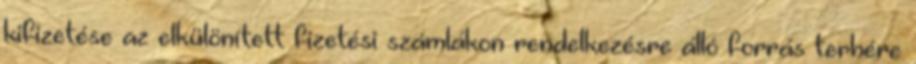
kifizetése az elkülönített fizetési számlákon rendelkezésre álló forrás terhére